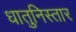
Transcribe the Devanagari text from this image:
धातुनिस्तार